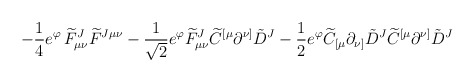
\begin{align*}\left. -\frac{1}{4} e^\varphi \,{\widetilde F}_{\mu\nu}^J {\widetilde F}^{J\mu\nu} -\frac{1}{\sqrt 2}e^{\varphi}{\widetilde F}_{\mu\nu}^J {\widetilde C}^{[\mu}\partial^{\nu]}{\tilde D}^J-\frac{1}{2}e^{\varphi} {\widetilde C}_{[\mu}\partial_{\nu]}{\tilde D}^J {\widetilde C}^{[\mu}\partial^{\nu]}{\tilde D}^J \right.\end{align*}